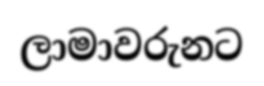
ලාමාවරුනට